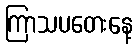
ကြာသပတေးနေ့